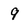
Character: 9